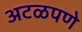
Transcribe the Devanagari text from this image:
अटळपणे